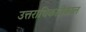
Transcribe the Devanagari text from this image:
उत्तराधिकारीकाल